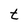
Character: t